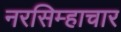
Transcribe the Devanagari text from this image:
नरसिम्हाचार